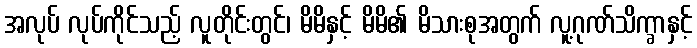
အလုပ် လုပ်ကိုင်သည့် လူတိုင်းတွင်၊ မိမိနှင့် မိမိ၏ မိသားစုအတွက် လူ့ဂုဏ်သိက္ခာနှင့်